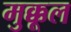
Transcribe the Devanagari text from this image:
मुक्कूल